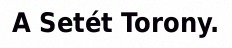
A Setét Torony.